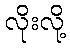
လိုးလို့